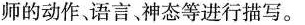
师的动作、语言、神态等进行描写。